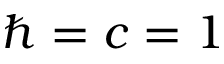
\hbar = c = 1